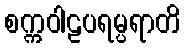
စက္ကဝါဠပရမ္ပရာတိ